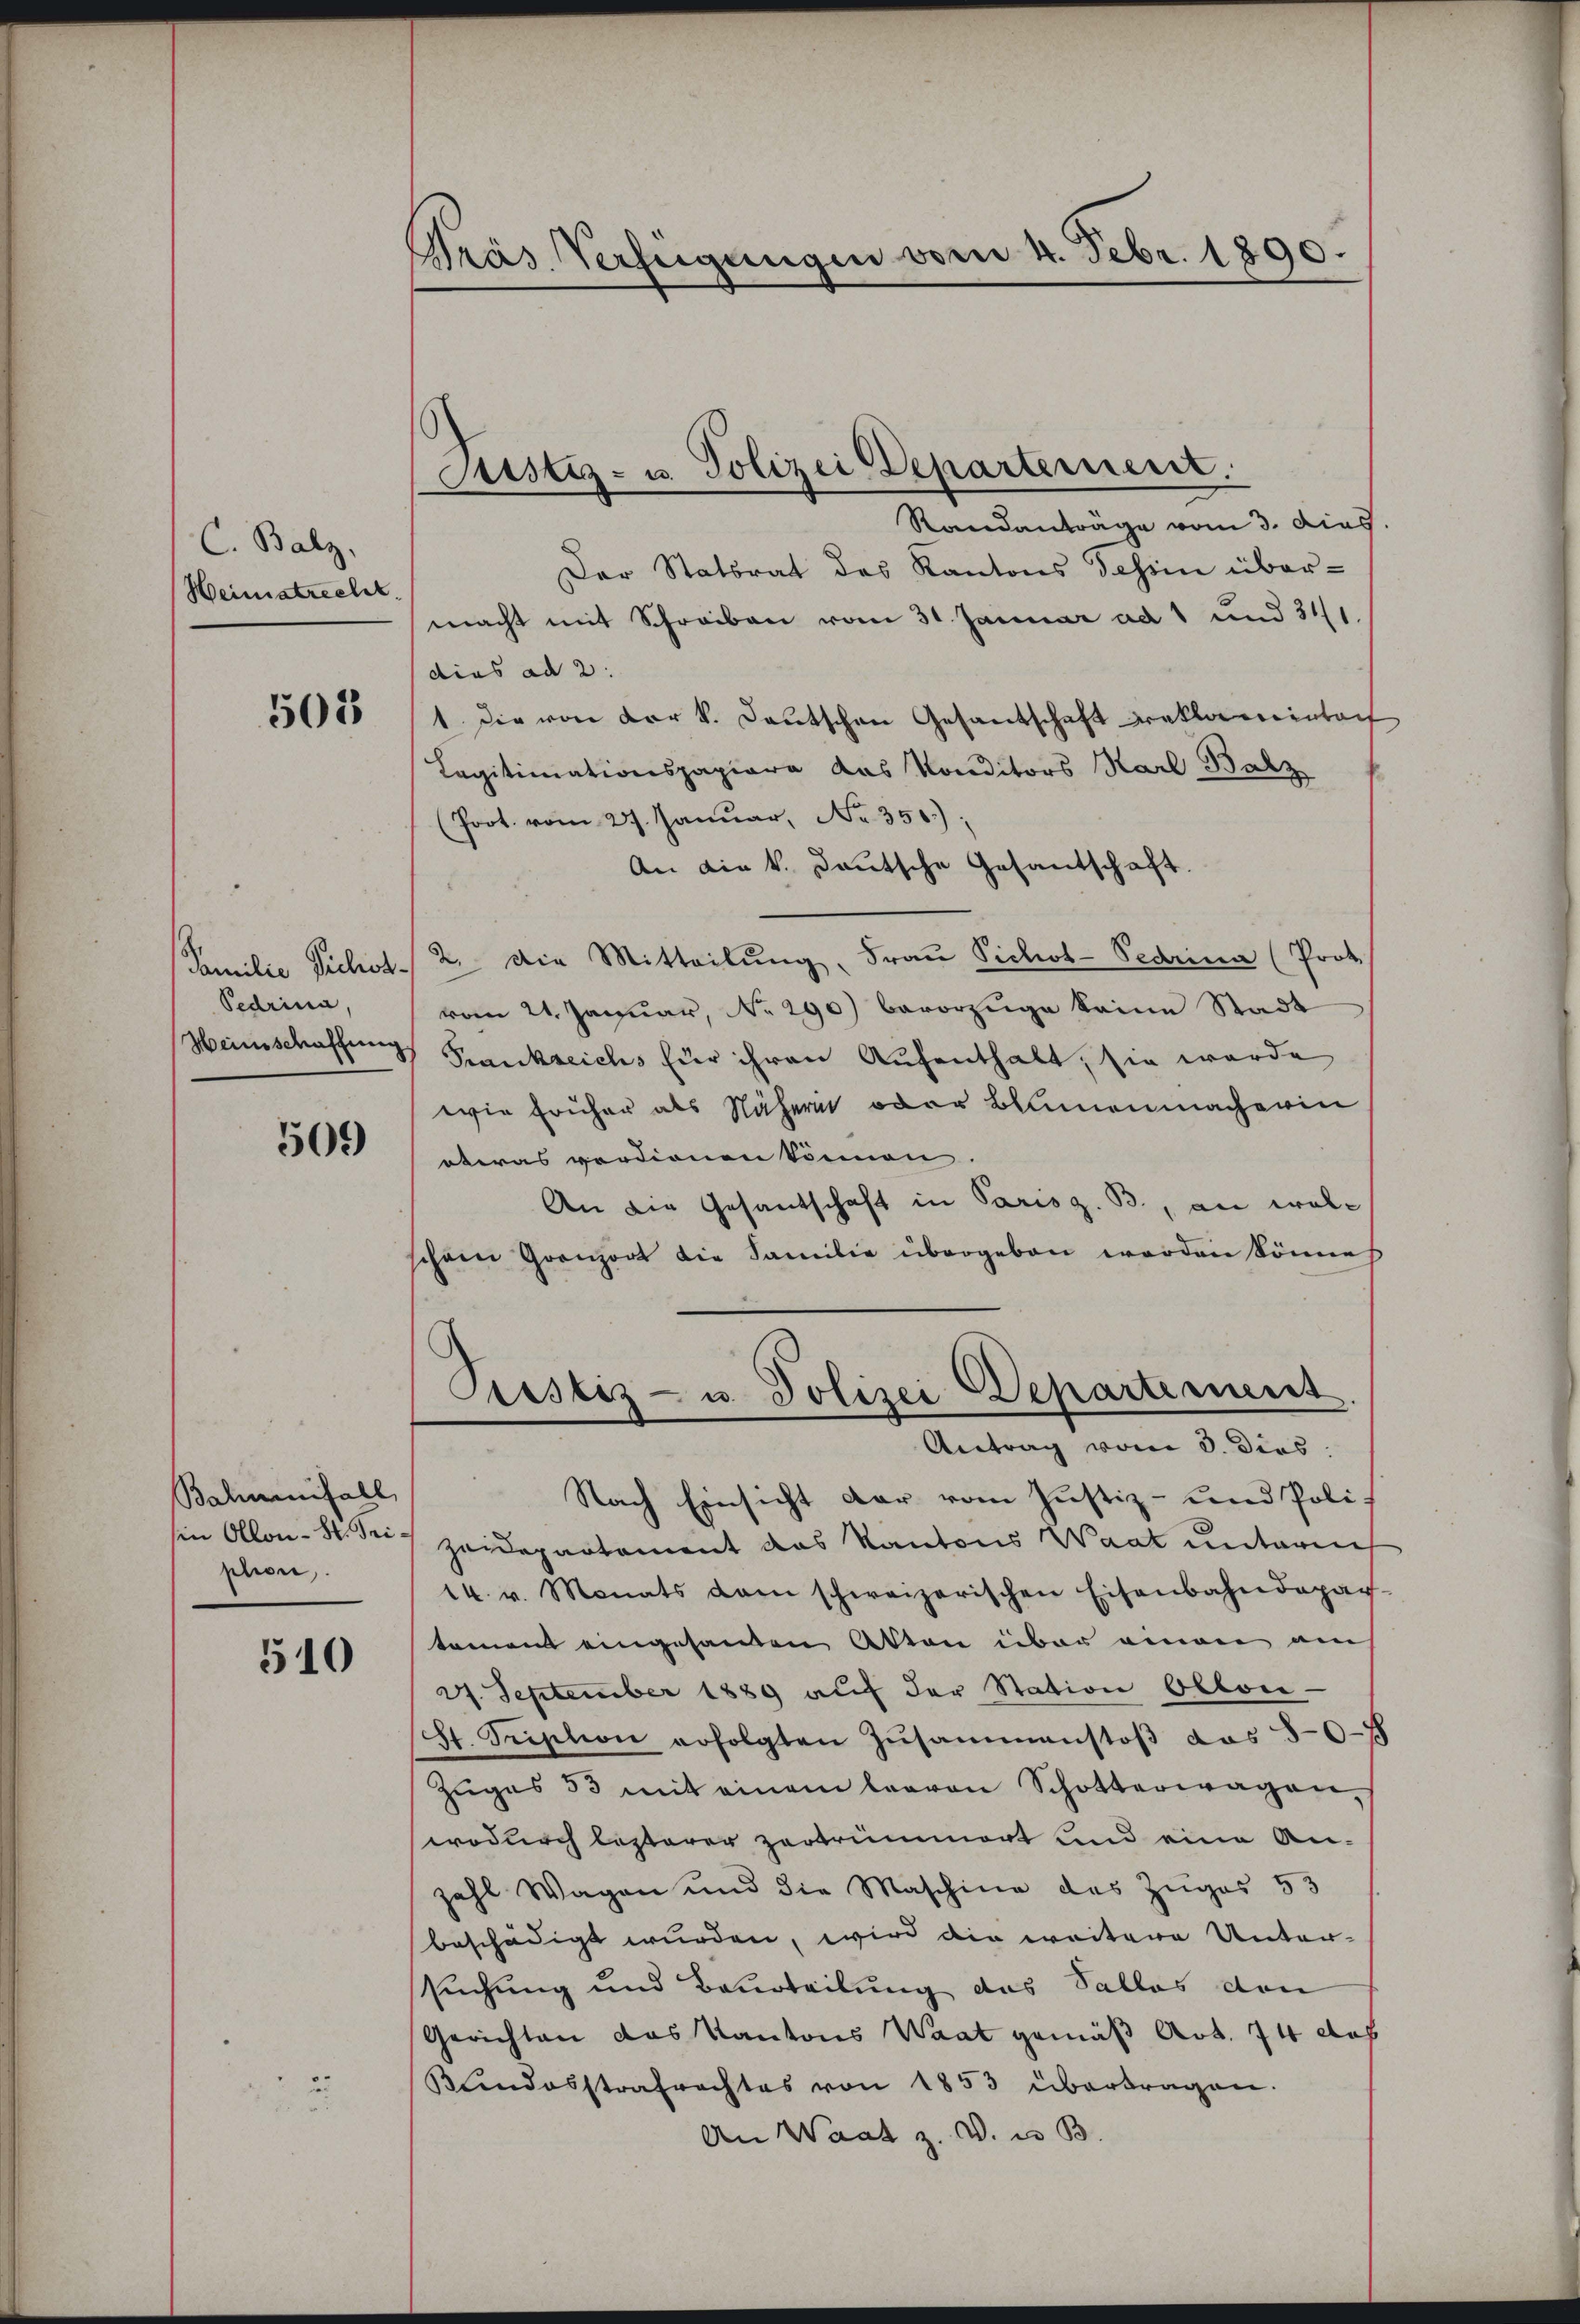
C. Balz.
Heimstrechet.

505

Familie Pichos-
Pedrina,
Heinschaffung.

509

Balmenfall,
in Ollon - St. Triptione

510

Pras Verfügungen vom 4. Febr. 1890.

Astiz- u. Polizei Departernenz.
Randanträge vom 3. dies.

Der Statsrat des Kantons Schin über-
macht mit Schreiben vom 31. Januar ad 1 und 341.
dies ad 2.
1 Die von der k. Deutschen Gesandschaft reklaminbach
Legitimationspapiere das Konditors Karl Balz
(Poot. vom 27. Januar, No. 356.)
An die k. Deutsche Gesantschaft
2. Die Mitteilŭng, Frau Pichot-Pedrina (Prof.
vom 21. Januar, No 290) bevorzüge keine Stadt
Frankreichs für ihren Aufenthalt, sie werde
wie früher als Nähern oder Blumenmacherin
eteras verdienen können
An die Gesantschaft in Parisz. B., an wolschon Gränz(...) die Familie übergeben werden könne
Prustiz- u. Polizei-Departement
Antrag vom 3. Dies
Nach Einsicht der vom Justiz- und Poli-
Zeidepartement das Kantons Waat unterm
14. v. Monats dem schweizerischen Eisenbahndepar-
tement eingesandten Akten über einen am
27. September 1889 auf der Station Oblon-
St. Pription erfolgten Zusammenstoβ das 507
Zŭges 33 mit einem leeren Schotterwagen,
wodurch lezterer zertrümmert und eine Anzahl Wagen und die Maschine des Zuges 53
beschädigt wurden, wird die weitere Unter-
suchung und Beurteilung das Salles den
Gerichten das Kantons Waat gemäß Art. 74 des
Bundesstrafrechtes von 1853 übertragen.
An Waat z. B. u. B.